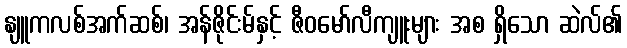
နျူကလစ်အက်ဆစ်၊ အန်ဇိုင်းမ်နှင့် ဇီဝမော်လီကျူးများ အစ ရှိသော ဆဲလ်၏